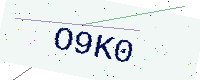
Text: O9K0